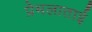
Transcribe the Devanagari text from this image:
प्रेमलाताई